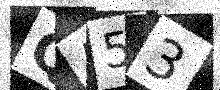
Text: QA53